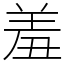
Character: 羞